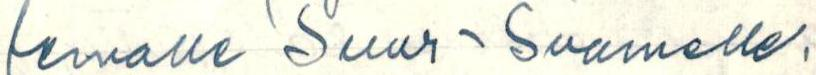
lemalle Suur-Suomelle.